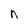
Character: n